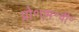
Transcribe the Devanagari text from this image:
प्रो॰एम॰वी॰